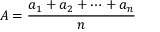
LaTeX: A = { \frac { a _ { 1 } + a _ { 2 } + \cdots + a _ { n } } { n } }